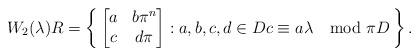
LaTeX: \begin{align*} W_2(\lambda) R = \left\{\, \begin{bmatrix} a & b \pi^n \\ c & d\pi \end{bmatrix} : a, b, c, d \in D c \equiv a \lambda \mod \pi D \,\right\}. \end{align*}